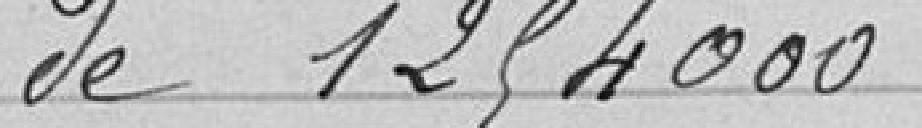
de 254000